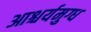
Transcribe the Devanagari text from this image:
आश्चर्यमुग्ध